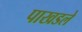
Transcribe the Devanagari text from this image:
पाखडले